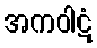
အကဝါဋံ